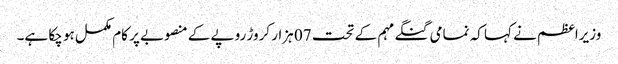
وزیراعظم نے کہا کہ نمامی گنگے مہم کے تحت 07 ہزار کروڑ روپے کے منصوبے پر کام مکمل ہو چکا ہے۔